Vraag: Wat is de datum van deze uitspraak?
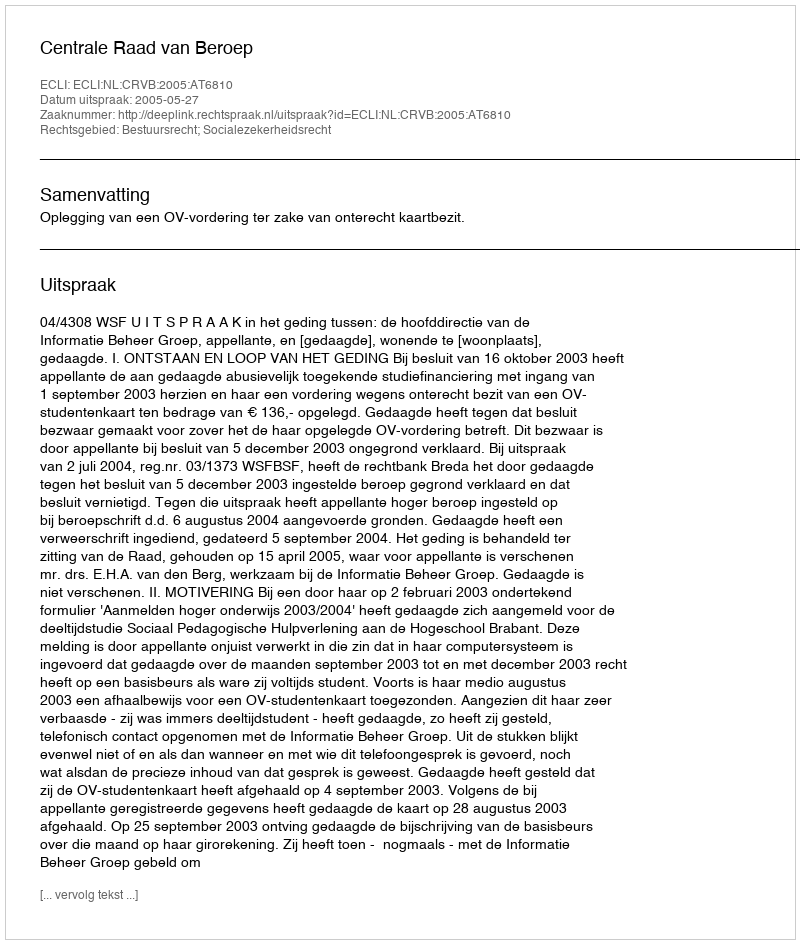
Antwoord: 2005-05-27